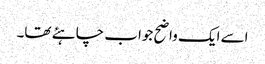
اسے ایک واضح جواب چاہئے تھا۔